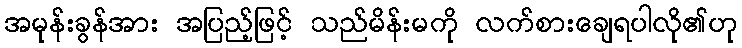
အမုန်းခွန်အား အပြည့်ဖြင့် သည်မိန်းမကို လက်စားချေရပါလို၏ဟု